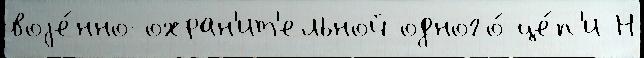
воjе́нно-охран'ит'ельной одного́ це́п'и Н